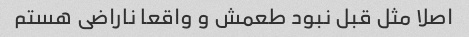
اصلا مثل قبل نبود طعمش و واقعا ناراضی هستم